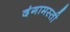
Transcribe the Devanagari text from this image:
दंगामस्ती